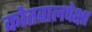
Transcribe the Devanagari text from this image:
कोतवालपेक्षा